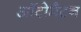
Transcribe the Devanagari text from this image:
ऑटोमैटन